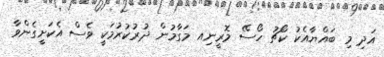
އަދި މި ބައްޔާއެކު ކޯޗު ހޯސޭ މޮރީނިއ މަގާމުން ދުރުކުރުމަކީ ވެސް އެކަށީގެންވާ